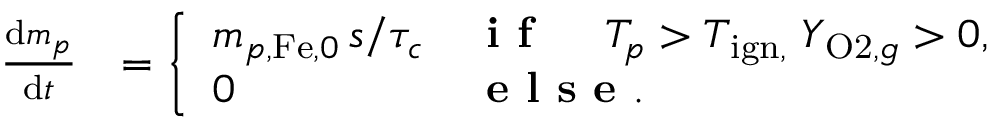
\begin{array} { r l } { \frac { \mathrm { d } m _ { p } } { \mathrm { d } t } } & { = \left\{ \begin{array} { l l } { m _ { p , \mathrm { F e } , 0 } \, s / \tau _ { c } } & { \textbf { i f } \quad \; T _ { p } > T _ { \mathrm { { i g n } , } } \; Y _ { \mathrm { O 2 } , g } > 0 , } \\ { 0 } & { \textbf { e l s e } . } \end{array} \right. } \end{array}